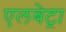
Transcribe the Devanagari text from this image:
एलबेट्रा